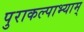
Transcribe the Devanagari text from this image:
पुराकल्पाभ्याम्